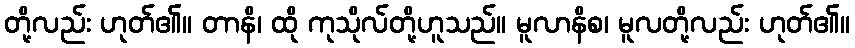
တို့လည်း ဟုတ်၏။ တာနိ၊ ထို ကုသိုလ်တို့ဟူသည်။ မူလာနိစ၊ မူလတို့လည်း ဟုတ်၏။